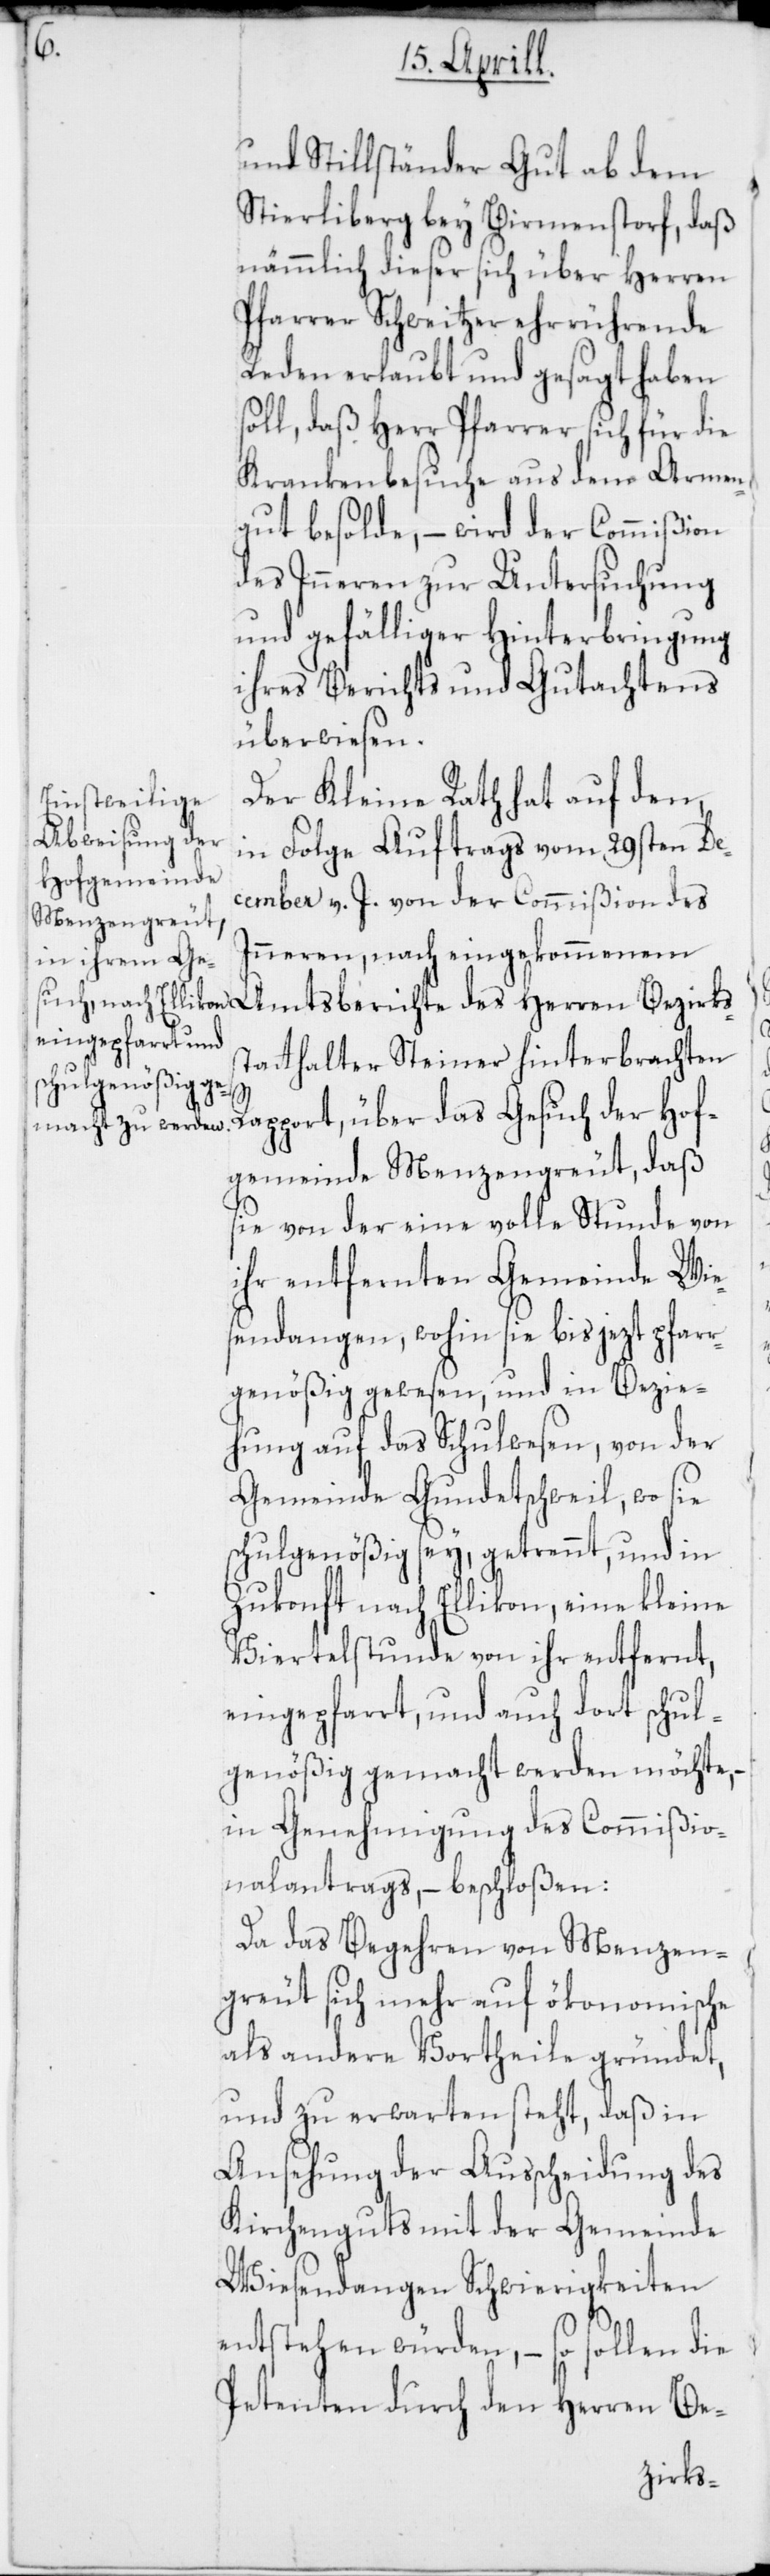
und Stillständer Gut ab dem
Stierliberg bey Birmenstorf, daß
nämmlich dieser sich über Herren
Pfarrer Schweitzer ehrrührende
Reden erlaubt und gesagt haben
soll, daß Herr Pfarrer sich für die
Krankenbesuche aus dem Armen¬
gut besolde, – wird der Commißion
des Inneren zur Untersuchung
und gefälliger Hinterbringung
ihres Berichts und Gutachtens
überwiesen.
Der Kleine Rath hat auf den,
in Folge Auftrags vom 29sten De¬
cember v. J. von der Commißion des
Inneren, nach eingekommenem
Amtsberichte des Herren Bezirks¬
statthalter Steiner hinterbrachten
Rapport, über das Gesuch der Hof¬
gemeinde Menzengreut, daß
sie von der eine volle Stunde von
ihr entfernten Gemeinde Wie¬
sendangen, wohin sie bis jezt pfarr¬
genößig gewesen, und in Bezie¬
hung auf das Schulwesen, von der
Gemeinde Gundetschweil, wo sie
schulgenößig sey, getrennt, und in
Zukonft nach Ellikon, eine kleine
Viertelstunde von ihr entfernt,
eingepfarrt, und auch dort schul¬
genößig gemacht werden möchte, –
in Genehmigung des Commißio¬
nalantrags, – beschloßen:
Da das Begehren von Menzen¬
greut sich mehr auf ökonomische
als andere Vortheile gründet,
und zu erwarten steht, daß in
Ansehung der Ausscheidung des
Kirchenguts mit der Gemeinde
Wiesendangen Schwierigkeiten
entstehen würden, – so sollen die
Petenten durch den Herren Be-